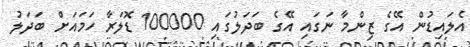
އެލައިޑުން އޭގެ ޒިންމާ ނަގައި އޭގެ ބަދަލުގައި 100000 ޑޮލަރާ ހަމައަށް ބަދަލު